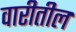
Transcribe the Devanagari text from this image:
वारीतील